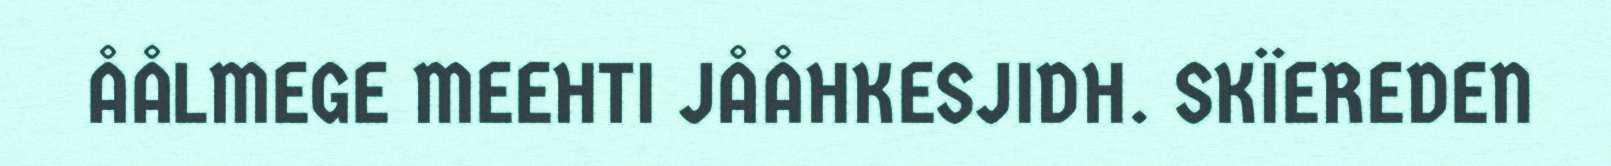
ÅÅLMEGE MEEHTI JÅÅHKESJIDH. SKÏEREDEN